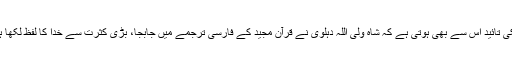
اسکی تائید اس سے بھی ہوتی ہے کہ شاہ ولی اللہ دہلوی نے قرآن مجید کے فارسی ترجمے میں جابجا، بڑی کثرت سے خدا کا لفظ لکھا ہے۔